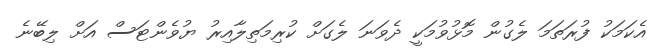
އެކަމަކު ފުރަތަމަ ލެގުން މޮޅުވުމަކީ ދެވަނަ ލެގަށް ކުރިމަތިލާއިރު ޔުވެންޓަސް އަށް ލިބޭނެ